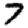
Digit: 7